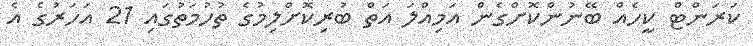
ކަރަންޓް ކީހެއް ބޭނުންކޮށްގެން އަމިއްލަ އަތް ބުރިކޮށްލިމުގެ ތުހުމަތުގައި 21 އަހަރުގެ އެ